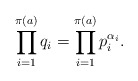
\begin{align*} \prod_{i = 1}^{\pi(a)} q_i = \prod_{i = 1}^{\pi(a)}p_i^{\alpha_i}. \end{align*}